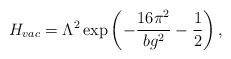
\begin{align*}H_{vac}=\Lambda ^2\exp \left(-\frac{16\pi ^2}{bg^2}-\frac12\right),\end{align*}